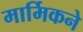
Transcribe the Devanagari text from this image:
मार्मिकने